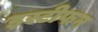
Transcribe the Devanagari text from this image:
इस्टीफन